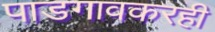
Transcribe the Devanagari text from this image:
पाडगावकरही